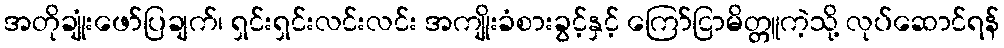
အတိုချုံးဖော်ပြချက်၊ ရှင်းရှင်းလင်းလင်း အကျိုးခံစားခွင့်နှင့် ကြော်ငြာမိတ္တူကဲ့သို့ လုပ်ဆောင်ရန်